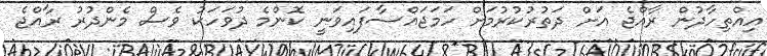
އިއްތިހާދުން ރާއްޖެ އަށް ދަތުރުކުރުމަށް ހަމަޖައްސާފައިވަނީ ކޮންމެ ދުވަހަކު ވެސް މެންދުރު ރާއްޖެ